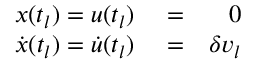
\begin{array} { r l r } { x ( t _ { l } ) = u ( t _ { l } ) } & { { } = } & { 0 } \\ { \dot { x } ( t _ { l } ) = \dot { u } ( t _ { l } ) } & { { } = } & { \delta v _ { l } } \end{array}